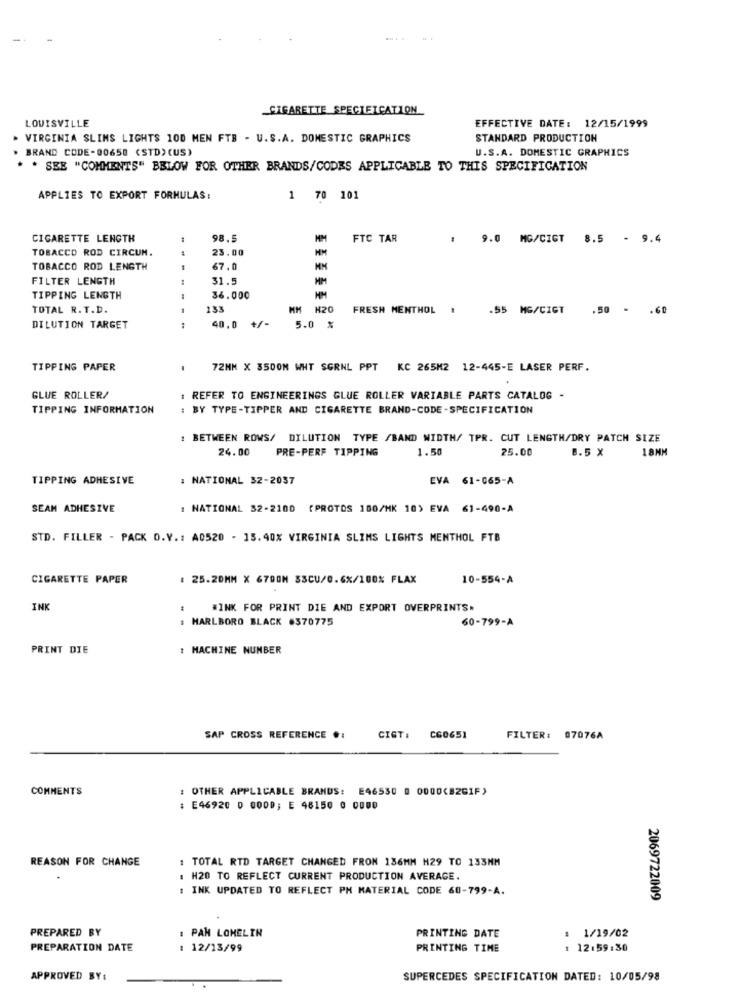
_CIGARETTE SPECIFICATION
LOUISVILLE
EFFECTIVE DATE: 12/15/1999
. VIRGINIA SLIMS LIGHTS 100 MEN FTB - U.S.A. DOMESTIC GRAPHICS
STANDARD PRODUCTION
BRAND CODE-00658 (STD) (US)
U.S.A. DOMESTIC GRAPHICS
. SEE "COMMENTS" BELOW FOR OTHER BRANDS/CODES APPLICABLE TO THIS SPECIFICATION
APPLIES TO EXPORT FORMULAS:
1 70 101
CIGARETTE LENGTH
98.5
FTC TAR
9.0 MG/CIGT 8.5 - 9.4
TOBACCO ROD CIRCUM.
23.00
HM
TOBACCO ROD LENGTH
67.0
FILTER LENGTH
31.5
TIPPING LENGTH
36.000
TOTAL R.T.D.
133
MM H20
FRESH MENTHOL
.55 MG/CIGT
.50 - . 60
+/-
DILUTION TARGET
:
40.0
5.0 %
TIPPING PAPER
72MM X 3500M WHT SGRNL PPT KC 265M2 12-445-E LASER PERF.
GLUE ROLLER/
: REFER TO ENGINEERINGS GLUE ROLLER VARIABLE PARTS CATALOG
TIPPING INFORMATION
BY TYPE-TIPPER AND CIGARETTE BRAND-CODE -SPECIFICATION
BETWEEN ROWS/ DILUTION TYPE /BAND WIDTH/ TPR. CUT LENGTH/DRY PATCH SIZE
24.00
PRE-PERF TIPPING
1.50
25.00
8.5 X
18MM
TIPPING ADHESIVE
: NATIONAL 32-2037
EVA 61-065-A
SEAM ADHESIVE
: NATIONAL 32-2100 (PROTOS 100/MK 10) EVA 61-490-A
STD. FILLER - PACK O.Y .: A0520 - 15.40% VIRGINIA SLIMS LIGHTS MENTHOL FTB
CIGARETTE PAPER
: 25.20MM X 6700M 33CU/0.6%/100% FLAX
10-554-A
INK
#INK FOR PRINT DIE AND EXPORT OVERPRINTS.
: MARLBORO BLACK #370775
60-799-A
PRINT DIE
: MACHINE NUMBER
SAP CROSS REFERENCE .:
CIGT :
C60651
FILTER: 07076A
COMMENTS
: OTHER APPLICABLE BRANDS: E46530 0 0000(82GIF)
: E46920 0 000D; E 48150 0 0000
REASON FOR CHANGE
: TOTAL RTD TARGET CHANGED FROM 136MM H29 TO 133MM
: H20 TO REFLECT CURRENT PRODUCTION AVERAGE.
: INK UPDATED TO REFLECT PH MATERIAL CODE 60-799-A.
2069722009
PREPARED BY
: 1/19/02
: PAM LOMELIN
PRINTING DATE
PREPARATION DATE
: 12/13/99
PRINTING TIME
1 12.59:30
APPROVED BY:
SUPERCEDES SPECIFICATION DATED: 10/05/98